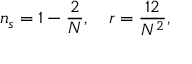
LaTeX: n _ { s } = 1 - { \frac { 2 } { N } } , \quad r = { \frac { 1 2 } { N ^ { 2 } } } ,